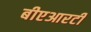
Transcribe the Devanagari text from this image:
बीएआरटी